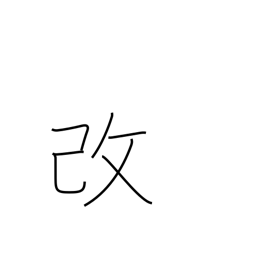
Meaning: modify